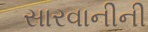
સારવાનીની